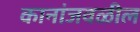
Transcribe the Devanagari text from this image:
कानांजवळील